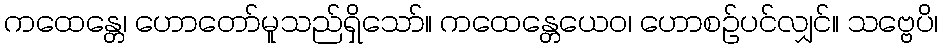
ကထေန္တေ၊ ဟောတော်မူသည်ရှိသော်။ ကထေန္တေယေဝ၊ ဟောစဉ်ပင်လျှင်။ သဗ္ဗေပိ၊